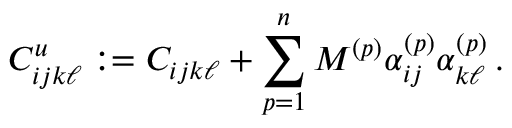
C _ { i j k \ell } ^ { u } : = C _ { i j k \ell } + \sum _ { p = 1 } ^ { n } M ^ { ( p ) } \alpha _ { i j } ^ { ( p ) } \alpha _ { k \ell } ^ { ( p ) } \, .